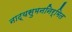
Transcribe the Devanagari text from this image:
नाट्यसुमननिर्मित